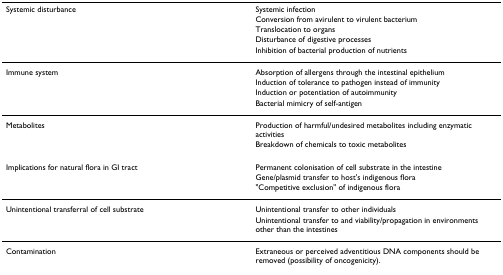
<table><thead><tr><td><b>Systemic disturbance</b></td><td><b>Systemic infection</b></td></tr><tr><td></td><td><b>Conversion from avirulent to virulent bacterium</b></td></tr><tr><td></td><td><b>Translocation to organs</b></td></tr><tr><td></td><td><b>Disturbance of digestive processes</b></td></tr><tr><td></td><td><b>Inhibition of bacterial production of nutrients</b></td></tr></thead><tbody><tr><td>Immune system</td><td>Absorption of allergens through the intestinal epithelium</td></tr><tr><td></td><td>Induction of tolerance to pathogen instead of immunity</td></tr><tr><td></td><td>Induction or potentiation of autoimmunity</td></tr><tr><td></td><td>Bacterial mimicry of self-antigen</td></tr><tr><td>Metabolites</td><td>Production of harmful/undesired metabolites including enzymatic activities</td></tr><tr><td></td><td>Breakdown of chemicals to toxic metabolites</td></tr><tr><td>Implications for natural flora in GI tract</td><td>Permanent colonisation of cell substrate in the intestine</td></tr><tr><td></td><td>Gene/plasmid transfer to host&#x27;s indigenous flora</td></tr><tr><td></td><td>&quot;Competitive exclusion&quot; of indigenous flora</td></tr><tr><td>Unintentional transferral of cell substrate</td><td>Unintentional transfer to other individuals</td></tr><tr><td></td><td>Unintentional transfer to and viability/propagation in environments other than the intestines</td></tr><tr><td>Contamination</td><td>Extraneous or perceived adventitious DNA components should be removed (possibility of oncogenicity).</td></tr></tbody></table>